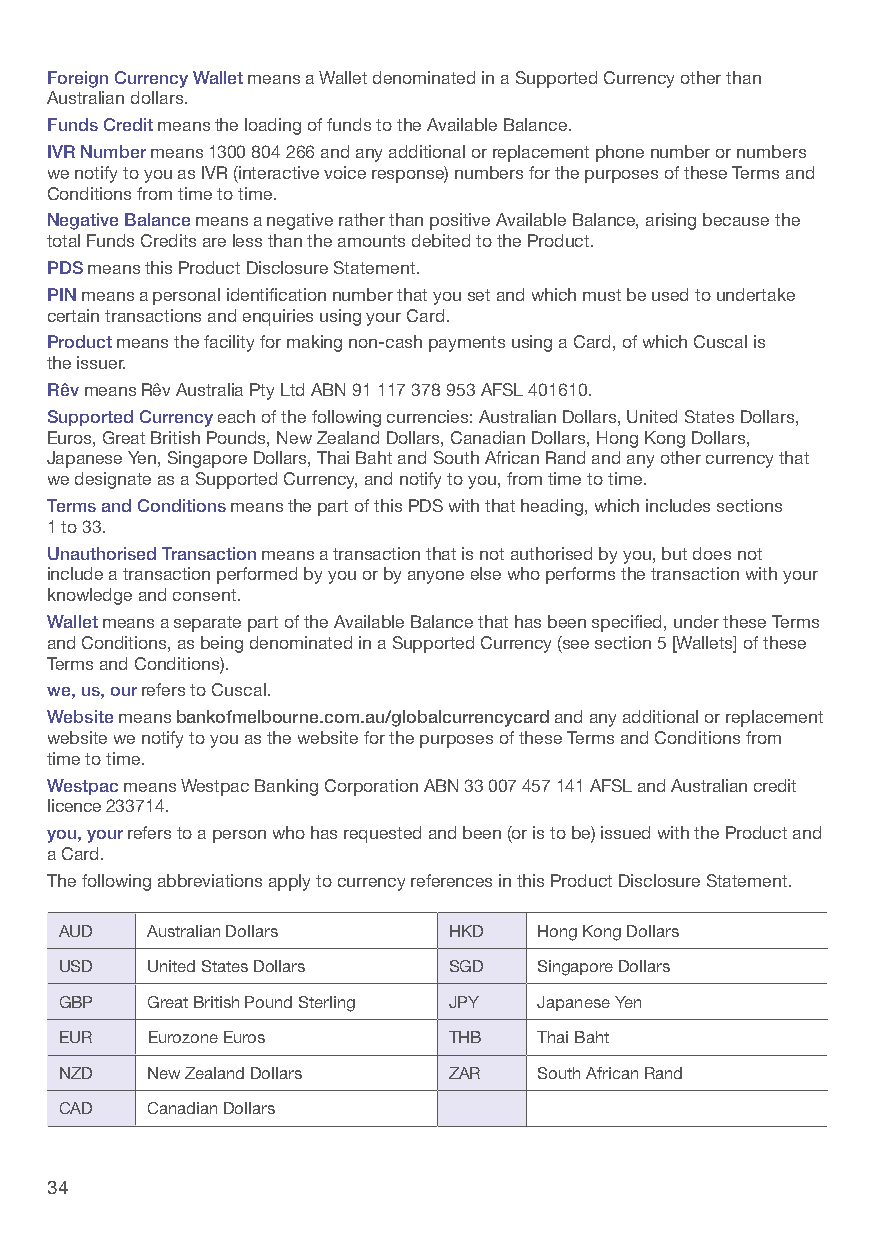
Foreign Currency Wallet means a Wallet denominated in a Supported Currency other than
 Australian dollars.
 Funds Credit means the loading of funds to the Available Balance.
 IVR Number means 1300 804 266 and any additional or replacement phone number or numbers
 we notify to you as IVR (interactive voice response) numbers for the purposes of these Terms and
 Conditions from time to time.
 Negative Balance means a negative rather than positive Available Balance, arising because the
 total Funds Credits are less than the amounts debited to the Product.
 PDS means this Product Disclosure Statement.
 PIN means a personal identification number that you set and which must be used to undertake
 certain transactions and enquiries using your Card.
 Product means the facility for making non-cash payments using a Card, of which Cuscal is
 the issuer.
 Rêv means Rêv Australia Pty Ltd ABN 91 117 378 953 AFSL 401610.
 Supported Currency each of the following currencies: Australian Dollars, United States Dollars,
 Euros, Great British Pounds, New Zealand Dollars, Canadian Dollars, Hong Kong Dollars,
 Japanese Yen, Singapore Dollars, Thai Baht and South African Rand and any other currency that
 we designate as a Supported Currency, and notify to you, from time to time.
 Terms and Conditions means the part of this PDS with that heading, which includes sections
 1 to 33.
 Unauthorised Transaction means a transaction that is not authorised by you, but does not
 include a transaction performed by you or by anyone else who performs the transaction with your
 knowledge and consent.
 Wallet means a separate part of the Available Balance that has been specified, under these Terms
 and Conditions, as being denominated in a Supported Currency (see section 5 [Wallets] of these
 Terms and Conditions).
 we, us, our refers to Cuscal.
 Website means bankofmelbourne.com.au/globalcurrencycard and any additional or replacement
 website we notify to you as the website for the purposes of these Terms and Conditions from
 time to time.
 Westpac means Westpac Banking Corporation ABN 33 007 457 141 AFSL and Australian credit
 licence 233714.
 you, your refers to a person who has requested and been (or is to be) issued with the Product and
 a Card.
 The following abbreviations apply to currency references in this Product Disclosure Statement.
 AUD   Australian Dollars  HKD   Hong Kong Dollars
 USD   United States Dollars SGD Singapore Dollars
 GBP   Great British Pound Sterling JPY Japanese Yen
 EUR   Eurozone Euros      THB   Thai Baht
 NZD   New Zealand Dollars ZAR   South African Rand
 CAD   Canadian Dollars
 34                                                                                                          35